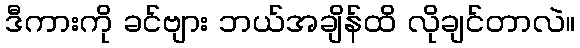
ဒီကားကို ခင်ဗျား ဘယ်အချိန်ထိ လိုချင်တာလဲ။